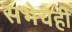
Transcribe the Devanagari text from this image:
सभेचेही